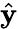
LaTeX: \hat{\mathbf y}